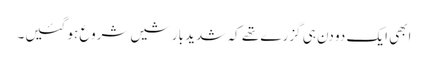
ابھی ایک دو دن ہی گزرے تھے کہ شدید بارشیں شروع ہو گئیں۔